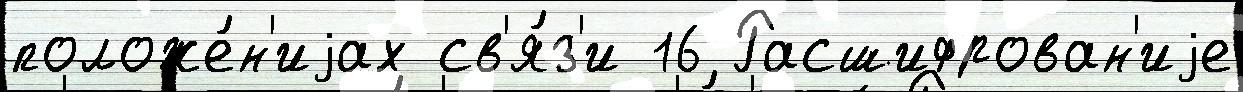
положе́н'иjах св'я́з'и 16 Расшифрован'иjе